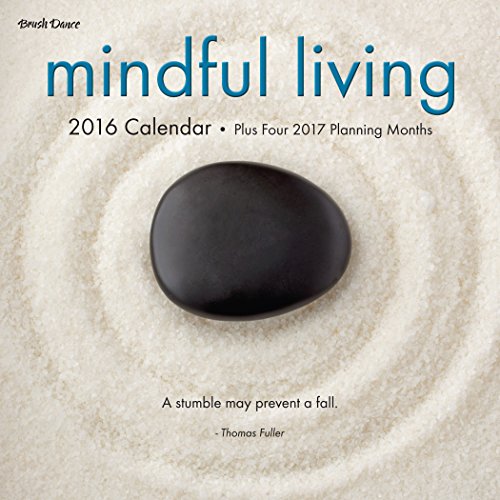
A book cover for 2016 Mindful Living Mini Calendar; Brush Dance; Calendars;